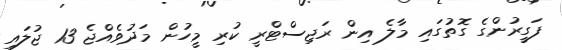
ފަގީރުންގެ ގޮތުގައި މާލެ އިން ރަޖިސްޓްރީ ކުރި މީހުން މަދުވެއްޖެ 13 ޖުލައި